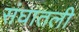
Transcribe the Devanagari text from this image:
संघातली